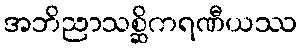
အဘိညာသစ္ဆိကရဏီယဿ